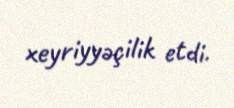
xeyriyyəçilik etdi.